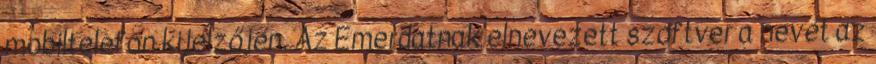
mobiltelefon kijelzőjén. Az Emerdatnak elnevezett szoftver a nevét az